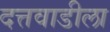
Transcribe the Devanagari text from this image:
दत्तवाडीला